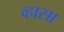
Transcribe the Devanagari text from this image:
व्हासा